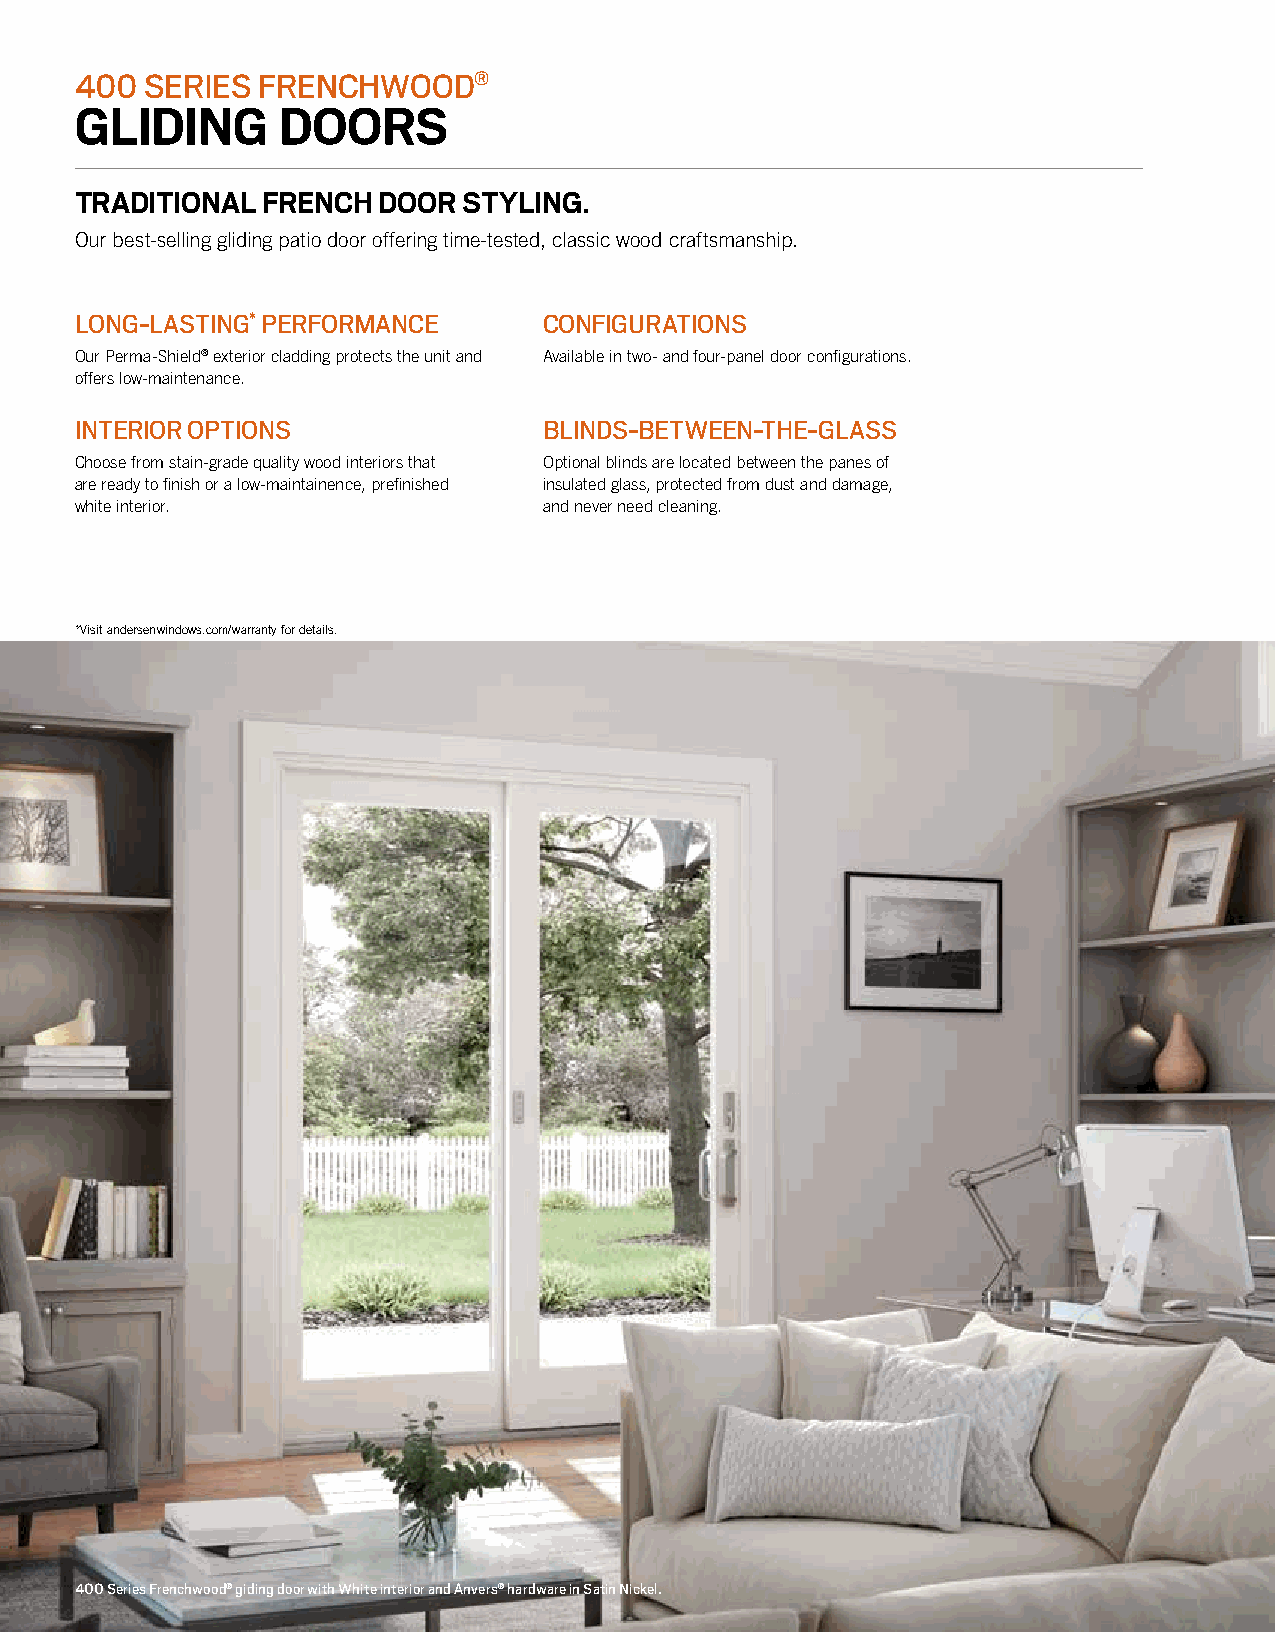
400  SERIES FRENCHWOOD®
 GLIDING      DOORS
 TRADITIONAL FRENCH  DOOR  STYLING.
 Our best-selling gliding patio door offering time-tested, classic wood craftsmanship.
 LONG-LASTING* PERFORMANCE      CONFIGURATIONS
 Our Perma-Shield® exterior cladding protects the unit and Available in two- and four-panel door configurations.
 offers low-maintenance.
 INTERIOR OPTIONS               BLINDS-BETWEEN-THE-GLASS
 Choose from stain-grade quality wood interiors that Optional blinds are located between the panes of
 are ready to finish or a low-maintainence, prefinished insulated glass, protected from dust and damage,
 white interior.                and never need cleaning.
 *Visit andersenwindows.com/warranty for details.
 29 400 Series Frenchwood® giding door with White interior and Anvers® hardware in Satin Nickel.